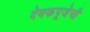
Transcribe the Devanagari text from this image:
देवकपूजेची